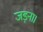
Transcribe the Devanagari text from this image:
जड़ना।